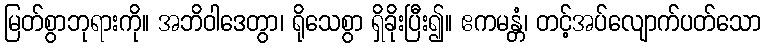
မြတ်စွာဘုရားကို။ အဘိဝါဒေတွာ၊ ရိုသေစွာ ရှိခိုးပြီး၍။ ဧကမန္တံ၊ တင့်အပ်လျောက်ပတ်သော